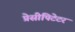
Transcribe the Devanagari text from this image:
प्रेसीपिटेटर